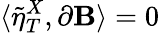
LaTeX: \langle\tilde{\eta}_{T}^{X},\partial\mathbf{B}\rangle=0